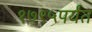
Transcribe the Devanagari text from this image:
१७९५पर्यंत